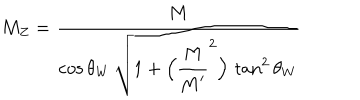
M _ { Z } = \frac { \strut \displaystyle M } { \strut \displaystyle \cos \theta _ { W } \, \sqrt { 1 + \Bigl ( \frac { \strut \displaystyle M } { \strut \displaystyle M ^ { \prime } } ^ { 2 } \Bigr ) \, \tan ^ { 2 } \theta _ { W } } }